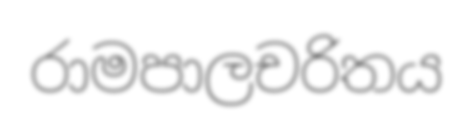
රාමපාලචරිතය